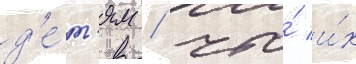
д'е́т'ям / что́ и́х